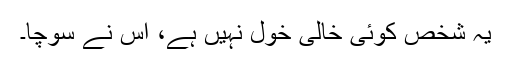
یہ شخص کوئی خالی خول نہیں ہے، اس نے سوچا۔